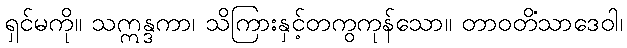
ရှင်မကို။ သဣန္ဒကာ၊ သိကြားနှင့်တကွကုန်သော။ တာဝတိံသာဒေဝါ၊